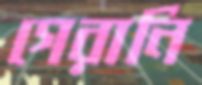
গেরানি